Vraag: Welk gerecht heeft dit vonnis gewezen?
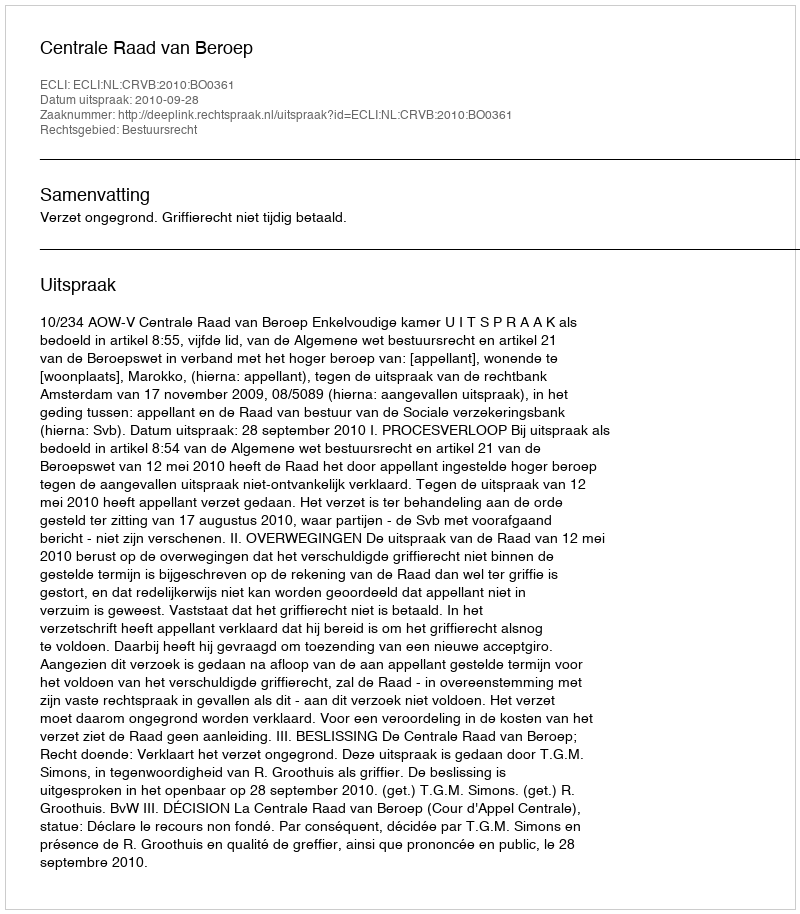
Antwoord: Centrale Raad van Beroep